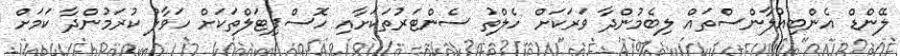
ލޭންޑް އެންބިއުލާންސްތައް ލިބެމުންދާ ވަރަކަށް ހެލްތު ސެންޓަރުތަކަށާއި ހޮސްޕިޓަލްތަކަށް ހަވާލު ކުރަމުންދާ ކަމަށް